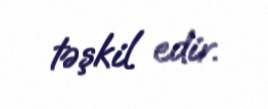
təşkil edir.